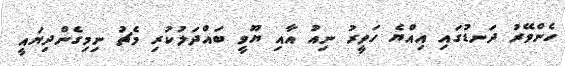
ހެންވޭރު ދަނޑުގައި އިއްޔެ ހަވީރު ނިއު އާއި ޔޫވީ ބައްދަލުކުރި މެޗު ނިމިގެންދިޔައީ